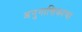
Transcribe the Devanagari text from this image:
अनुनासिकाचा